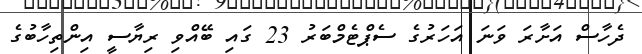
ދެހާސް އަށާރަ ވަނަ އަހަރުގެ ސެޕްޓެމްބަރު 23 ގައި ބޭއްވި ރިޔާސީ އިންތިހާބުގެ